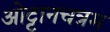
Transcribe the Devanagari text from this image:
ओट्टानचत्रम